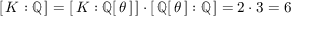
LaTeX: [ \, K : \mathbb { Q } \, ] = [ \, K : \mathbb { Q } [ \, \theta \, ] \, ] \cdot [ \, \mathbb { Q } [ \, \theta \, ] : \mathbb { Q } \, ] = 2 \cdot 3 = 6